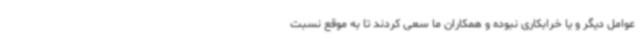
عوامل دیگر و یا خرابکاری نبوده و همکاران ما سعی کردند تا به موقع نسبت